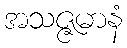
အသဇ္ဇမာနံ